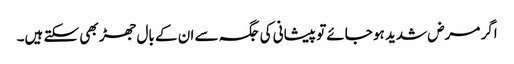
اگر مرض شدید ہو جائے تو پیشانی کی جگہ سے ان کے بال جھڑ بھی سکتے ہیں۔